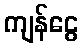
ကျန်ငွေ